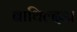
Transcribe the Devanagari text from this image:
बाथिल्दडा